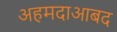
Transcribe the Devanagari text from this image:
अहमदाआबद